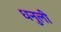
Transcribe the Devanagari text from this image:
धनुली